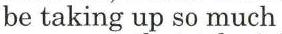
be taking up so much